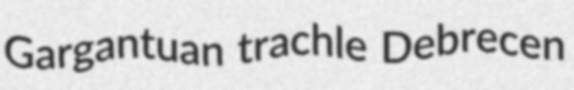
Gargantuan trachle Debrecen